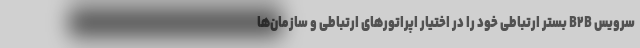
سرویس B۲B بستر ارتباطی خود را در اختیار اپراتورهای ارتباطی و سازمان‌ها